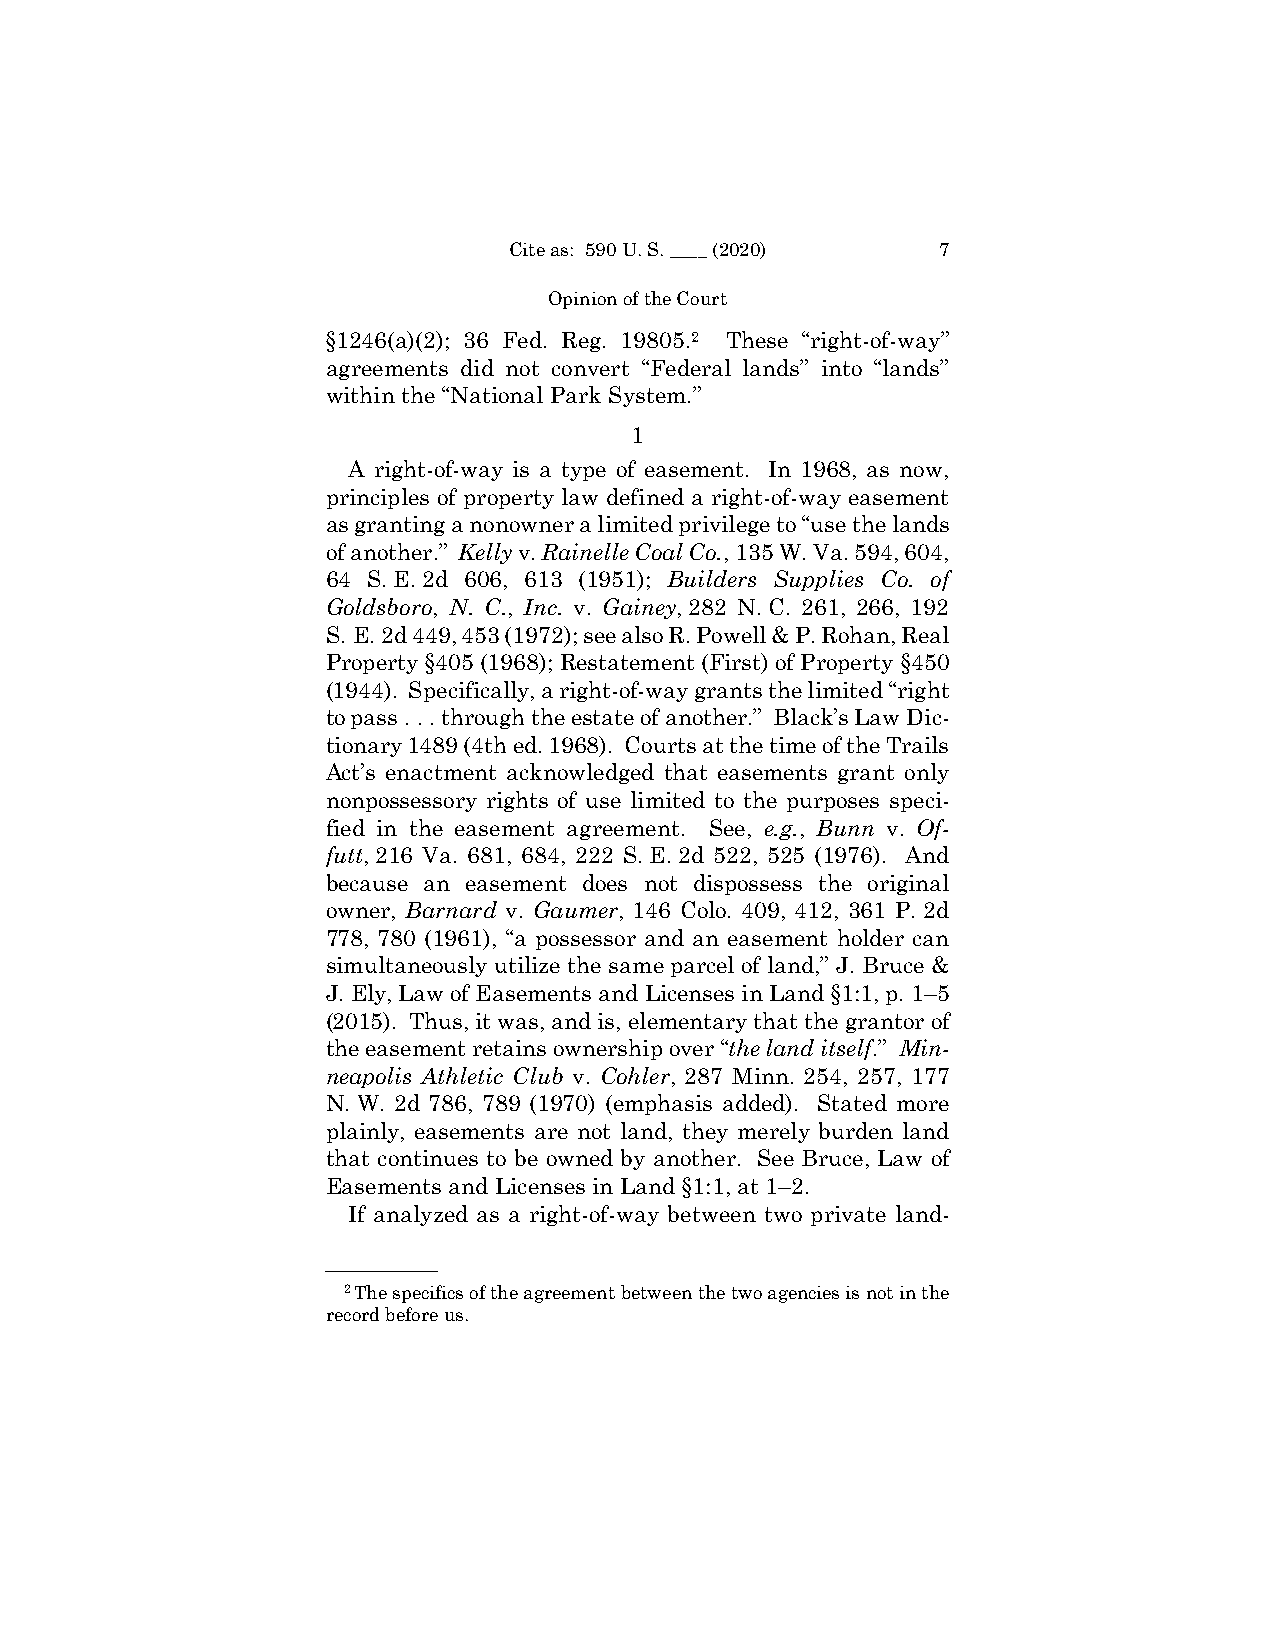
Cite as: 590 U. S. ____ (2020) 7
 Opinion of the Court
 §1246(a)(2); 36 Fed. Reg. 19805.2 These “right-of-way”
 agreements did not convert “Federal lands” into “lands”
 within the “National Park System.”
 1
 A right-of-way is a type of easement. In 1968, as now,
 principles of property law defined a right-of-way easement
 as granting a nonowner a limited privilege to “use the lands
 of another.” Kelly v. Rainelle Coal Co., 135 W. Va. 594, 604,
 64 S. E. 2d 606, 613 (1951); Builders Supplies Co. of
 Goldsboro, N. C., Inc. v. Gainey, 282 N. C. 261, 266, 192
 S. E. 2d 449, 453 (1972); see also R. Powell & P. Rohan, Real
 Property §405 (1968); Restatement (First) of Property §450
 (1944). Specifically, a right-of-way grants the limited “right
 to pass . . . through the estate of another.” Black’s Law Dic-
 tionary 1489 (4th ed. 1968). Courts at the time of the Trails
 Act’s enactment acknowledged that easements grant only
 nonpossessory rights of use limited to the purposes speci-
 fied in the easement agreement. See, e.g., Bunn v. Of-
 futt, 216 Va. 681, 684, 222 S. E. 2d 522, 525 (1976). And
 because an easement does not dispossess the original
 owner, Barnard v. Gaumer, 146 Colo. 409, 412, 361 P. 2d
 778, 780 (1961), “a possessor and an easement holder can
 simultaneously utilize the same parcel of land,” J. Bruce &
 J.Ely, Law of Easements and Licenses in Land §1:1, p. 1–5
 (2015). Thus, it was, and is, elementary that the grantor of
 the easement retains ownership over “the land itself.” Min-
 neapolis Athletic Club v. Cohler, 287 Minn. 254, 257, 177
 N. W. 2d 786, 789 (1970) (emphasis added). Stated more
 plainly, easements are not land, they merely burden land
 that continues to be owned by another. See Bruce, Law of
 Easements and Licenses in Land §1:1, at 1–2.
 If analyzed as a right-of-way between two private land-
 ——————
 2The specifics of the agreement between the two agencies is not in the
 record before us.